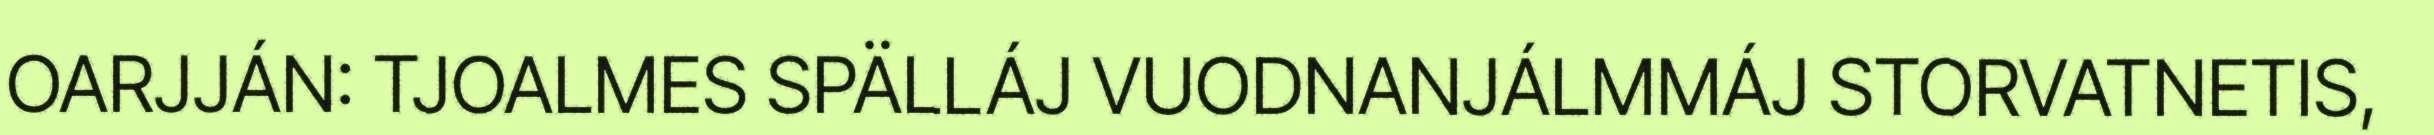
OARJJÁN: TJOALMES SPÄLLÁJ VUODNANJÁLMMÁJ STORVATNETIS,